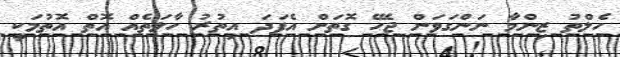
ހެލްތު ޒިންމާ ނަންގަވަން ޖެހޭ ގޮތަށް އެފަދަ އިތުރު ހާލަތެއް އޮތް އޮތުމަކީ